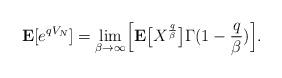
LaTeX: \begin{align*}{\bf E}[e^{q V_N}] = \lim_{\beta\rightarrow \infty} \Bigl[{\bf E}\bigl[X^{\frac{q}{\beta}}\bigr] \Gamma(1-\frac{q}{\beta})\Bigr].\end{align*}